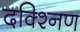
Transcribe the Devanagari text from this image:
दक्श्निण